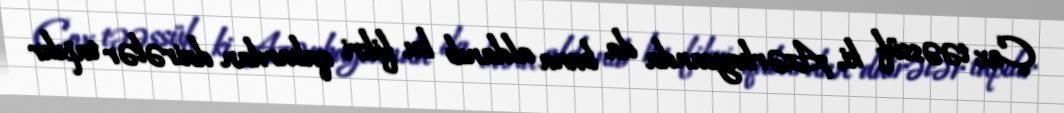
Çox təəssüf ki, Azərbaycanda da buna aldanıb bu fikri qabardan dairələr tapılır